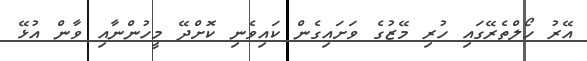
އޭރު ހޯލްތެރޭގައި ހުރި މޭޒުގެ ވަށައިގެން ކައިވެނި ކޮށްދޭ މީހުންނާއި ވާން އުޅޭ